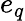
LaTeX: e_{q}